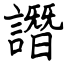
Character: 譖